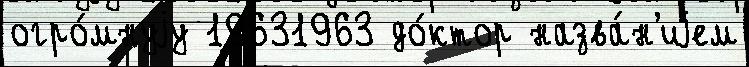
огро́мнуjу 19631963 до́ктор назва́н'иjем